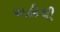
અહીથી